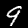
Label: 9